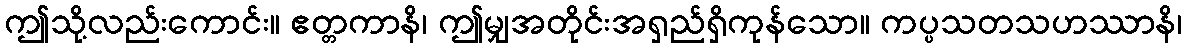
ဤသို့လည်းကောင်း။ ဧတ္တကာနိ၊ ဤမျှအတိုင်းအရှည်ရှိကုန်သော။ ကပ္ပသတသဟဿာနိ၊